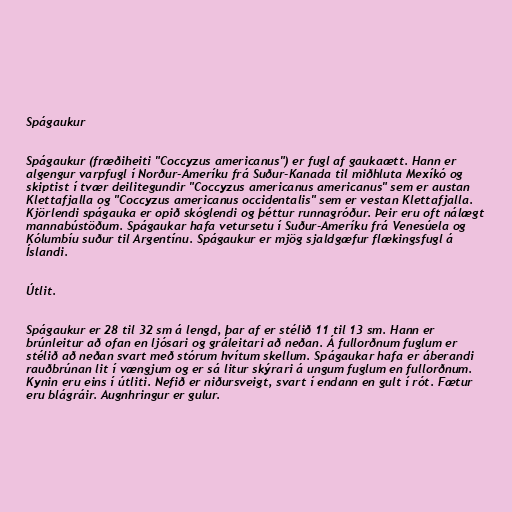
Spágaukur

Spágaukur (fræðiheiti "Coccyzus americanus") er fugl af gaukaætt. Hann er
algengur varpfugl í Norður-Ameríku frá Suður-Kanada til miðhluta Mexíkó og
skiptist í tvær deilitegundir "Coccyzus americanus americanus" sem er austan
Klettafjalla og "Coccyzus americanus occidentalis" sem er vestan Klettafjalla.
Kjörlendi spágauka er opið skóglendi og þéttur runnagróður. Þeir eru oft nálægt
mannabústöðum. Spágaukar hafa vetursetu í Suður-Ameríku frá Venesúela og
Kólumbíu suður til Argentínu. Spágaukur er mjög sjaldgæfur flækingsfugl á
Íslandi.

Útlit.

Spágaukur er 28 til 32 sm á lengd, þar af er stélið 11 til 13 sm. Hann er
brúnleitur að ofan en ljósari og gráleitari að neðan. Á fullorðnum fuglum er
stélið að neðan svart með stórum hvítum skellum. Spágaukar hafa er áberandi
rauðbrúnan lit í vængjum og er sá litur skýrari á ungum fuglum en fullorðnum.
Kynin eru eins í útliti. Nefið er niðursveigt, svart í endann en gult í rót. Fætur
eru blágráir. Augnhringur er gulur.